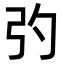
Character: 㢩